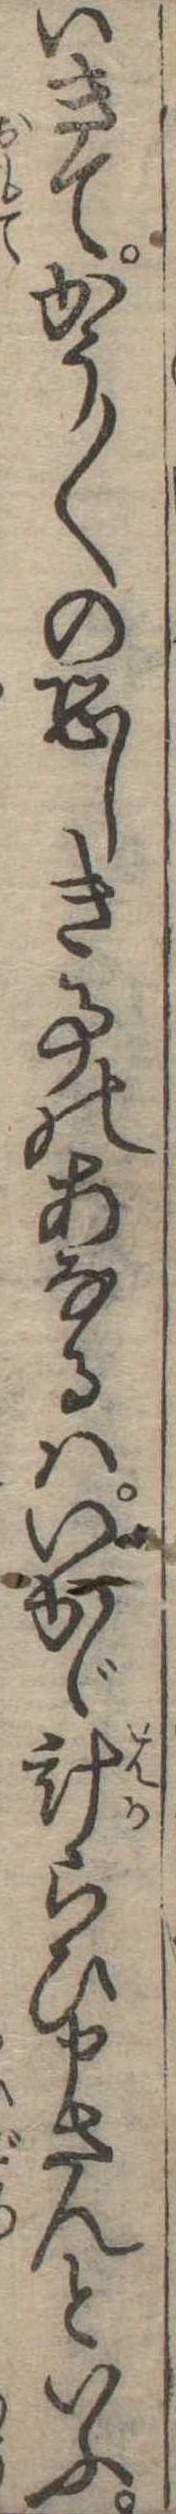
いきてかう〱の恐しき事のあなるはいかゞ計らひ申さんといふ